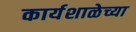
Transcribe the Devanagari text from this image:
कार्यशाळेच्या